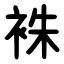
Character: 袾